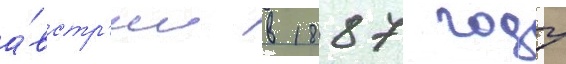
а́встр'ии в 1887 году